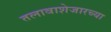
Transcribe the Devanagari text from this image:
तलावाशेजारच्या